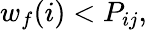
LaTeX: w_{f}(i)<P_{ij},